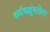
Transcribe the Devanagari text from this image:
चर्मचक्षूंबरोबर